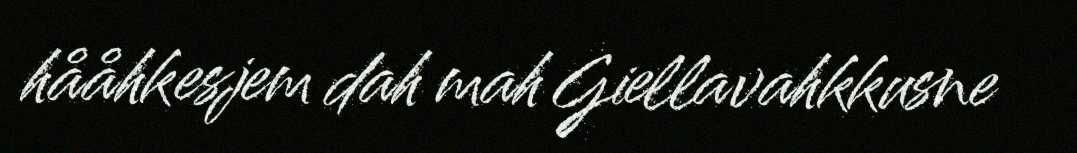
hååhkesjem dah mah Giellavahkkusne